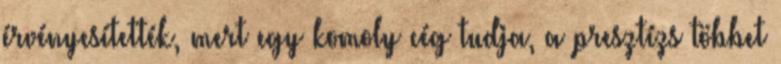
érvényesítették, mert egy komoly cég tudja, a presztízs többet